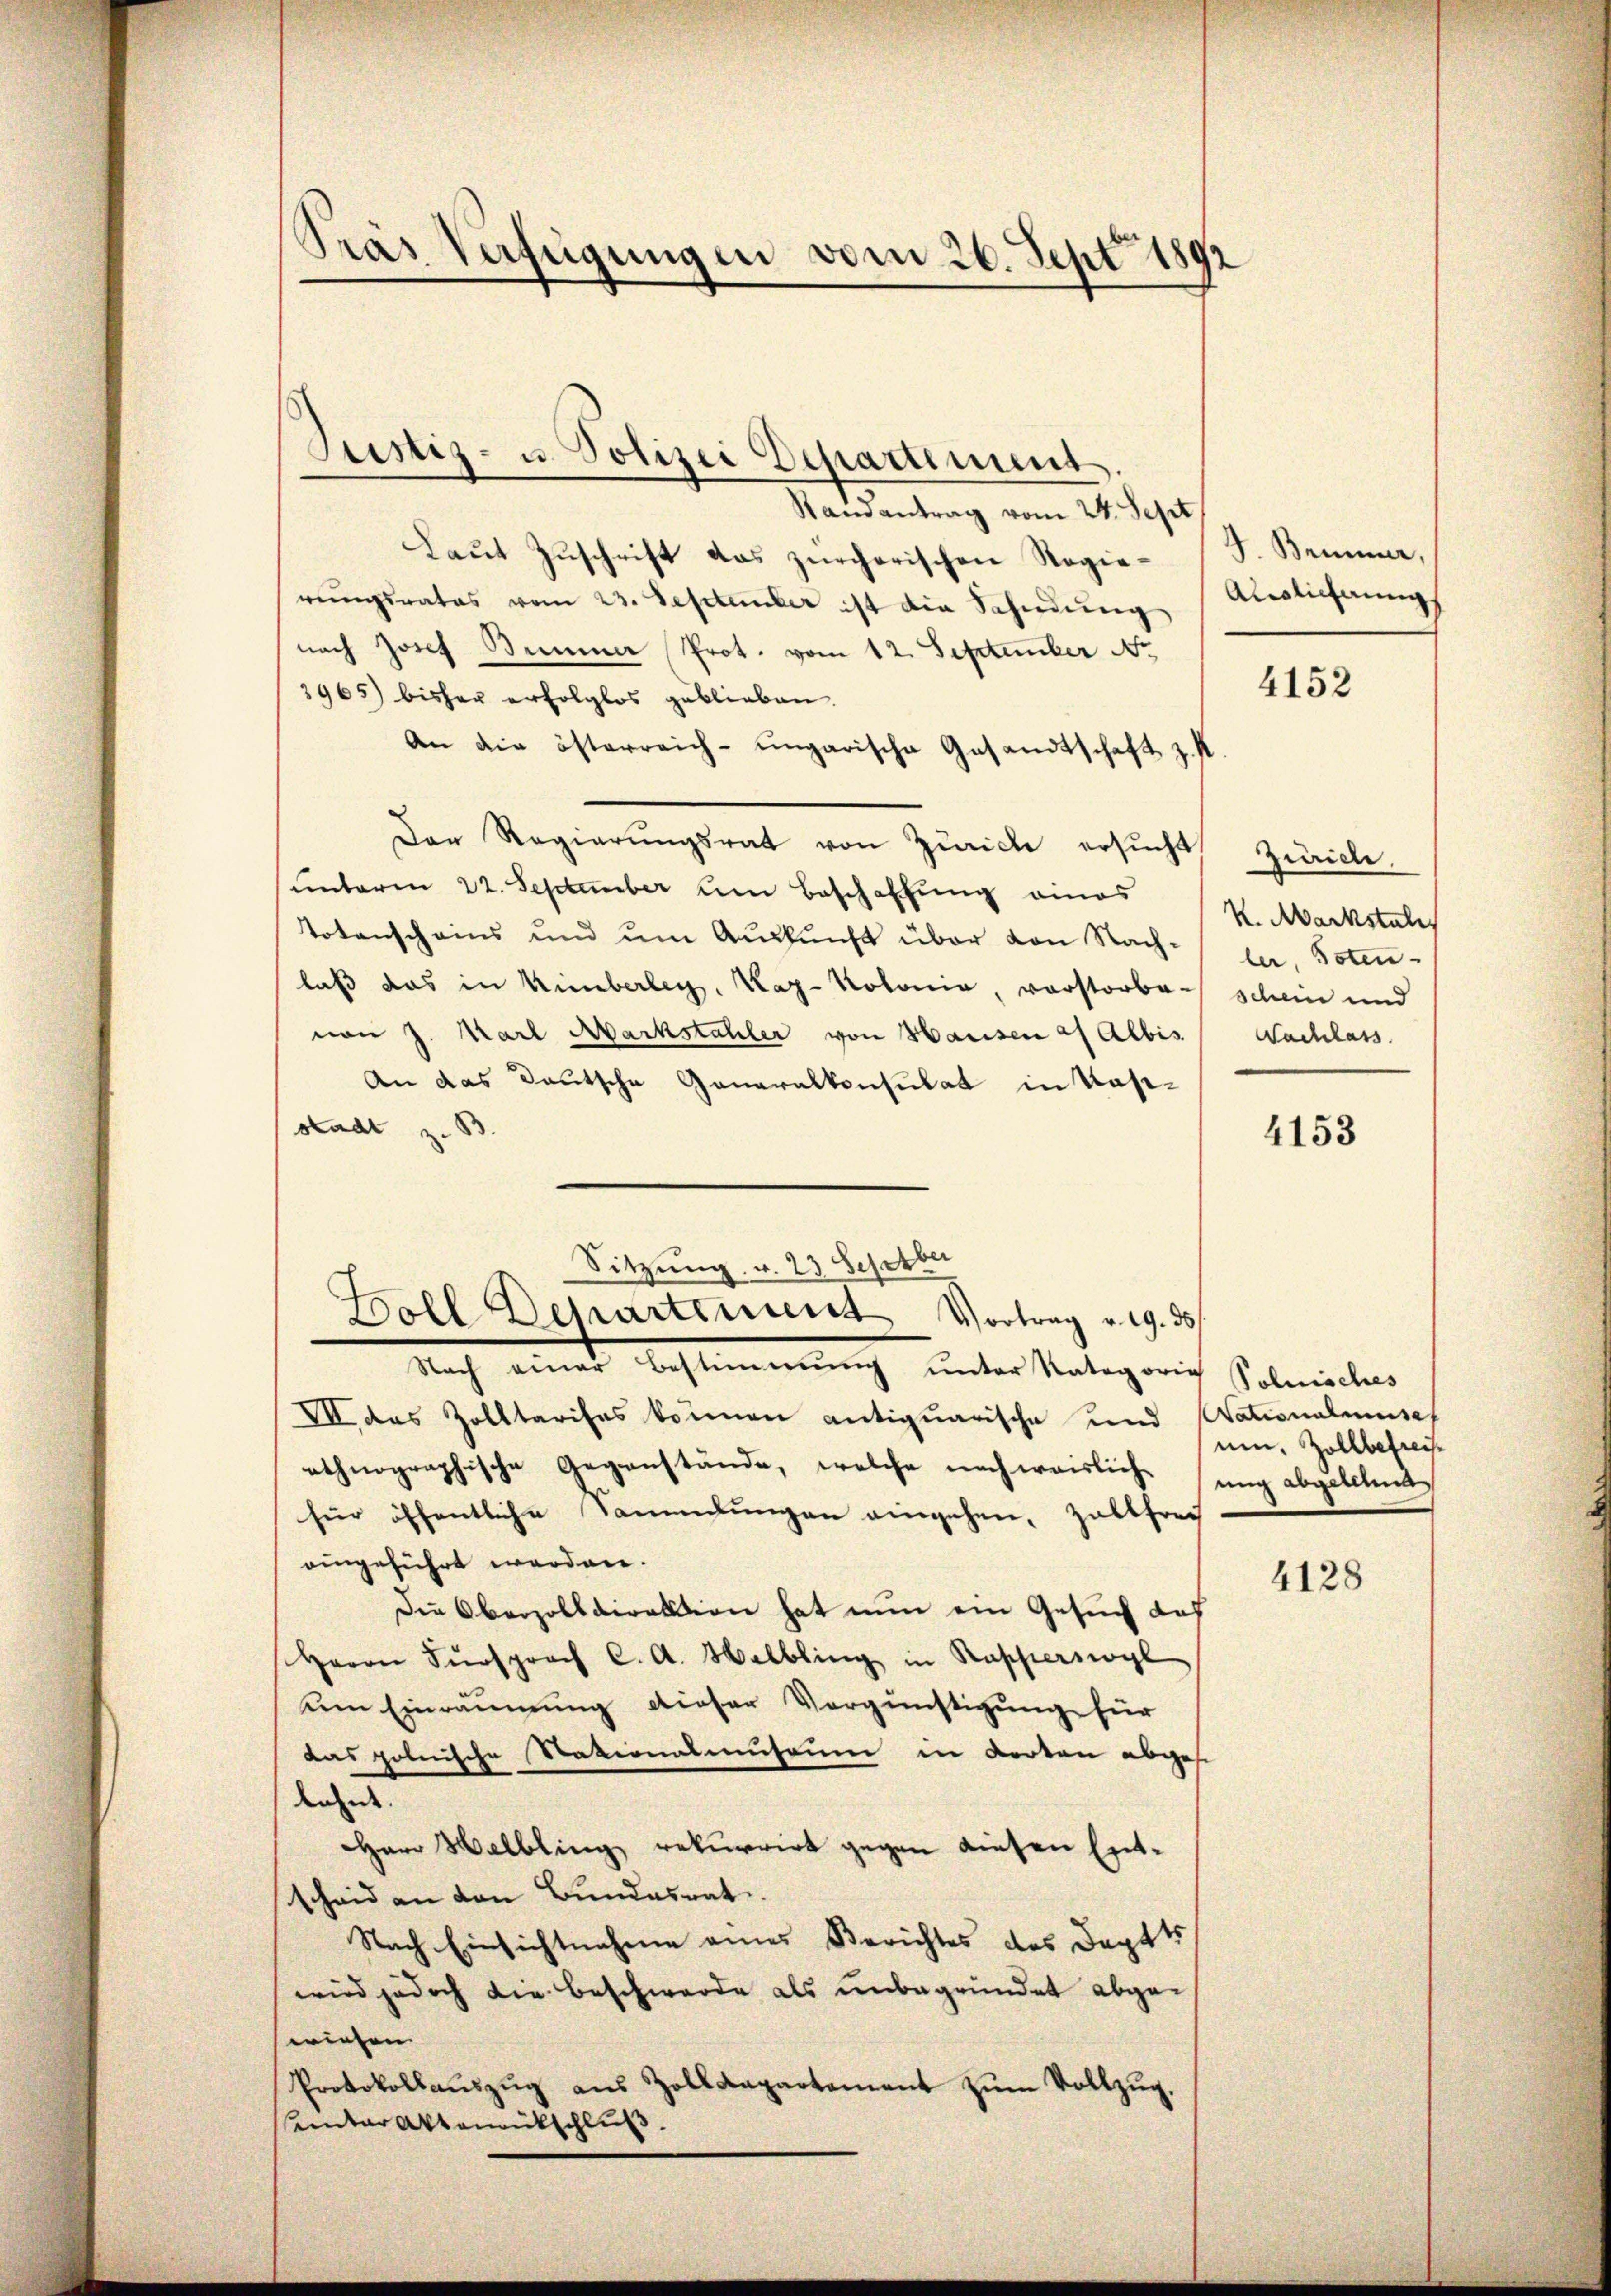
Pras Verfügungen vom 26. Sept 1892

Randantrag vom 24. Sept
Laut Zuschrift das zürcherischen Regie-S. Bruner,
rŭngsrates vom 23. September ist die Sahndŭng Auslichnŭngs
nach Josef Bummer Prot. vom 12. September No.
3965) bisher erfolglos geblieben.
An die österreich-ungarische Gesandtschaft z. K
Der Regierungsrat von Zürich ersucht,
unterm 22. September um Beschaffung eines
Totenschains und ŭm Aŭskŭnft über von Nach der Toten-
laß das in Kümberleg, Kap-Rotonia, vorstorben schein und
von J. Karl Markstähler von Hausen af Albis
An das Deutsche Ganaralkonsulat in Kasistadt z. B.
Nach einer Bestimmung unter Rategorie Polnisches
VII des Zolltarises können antiquarische und Nationalmisch
ethnographische Gegenstände, welche noch weislichung abgelehend
für öffentliche Sammlungen eingehen, zaltfrei
eingeführt werden.
Die Oberzolldirektion hat nun ein Gesuch das
Herrn Fürsprach C. A. Walbling in Rapperswyl
dem Einräumung dieser Vergünstigung für
das polnische Nationalmuseum in dorten abgese
dem Ende.
Herr Welbling rekurrirt gegen diesen Entscheid an den Bundesrat
Nach Einsichtnahme eines Berichtes des Dappt
wird jedoch die Beschwerde als unbegründet abgewiesen.
Protokollaŭszŭg aŭs Zolldepartement zŭm Vollzŭg.
einter Aktenrückschluß.

Justiz- u. Polizei Departiment

Sitzung v. 23 Sehetber
Boll Departement Vortrag v. 19. ds

4152

Zürich.
K. Markstales
Nachlass

4153

ui, Zollbefreite

4128